65_HS1-834228961_62-HQ-83894_Serial_164
Agency: FBI
Page 29
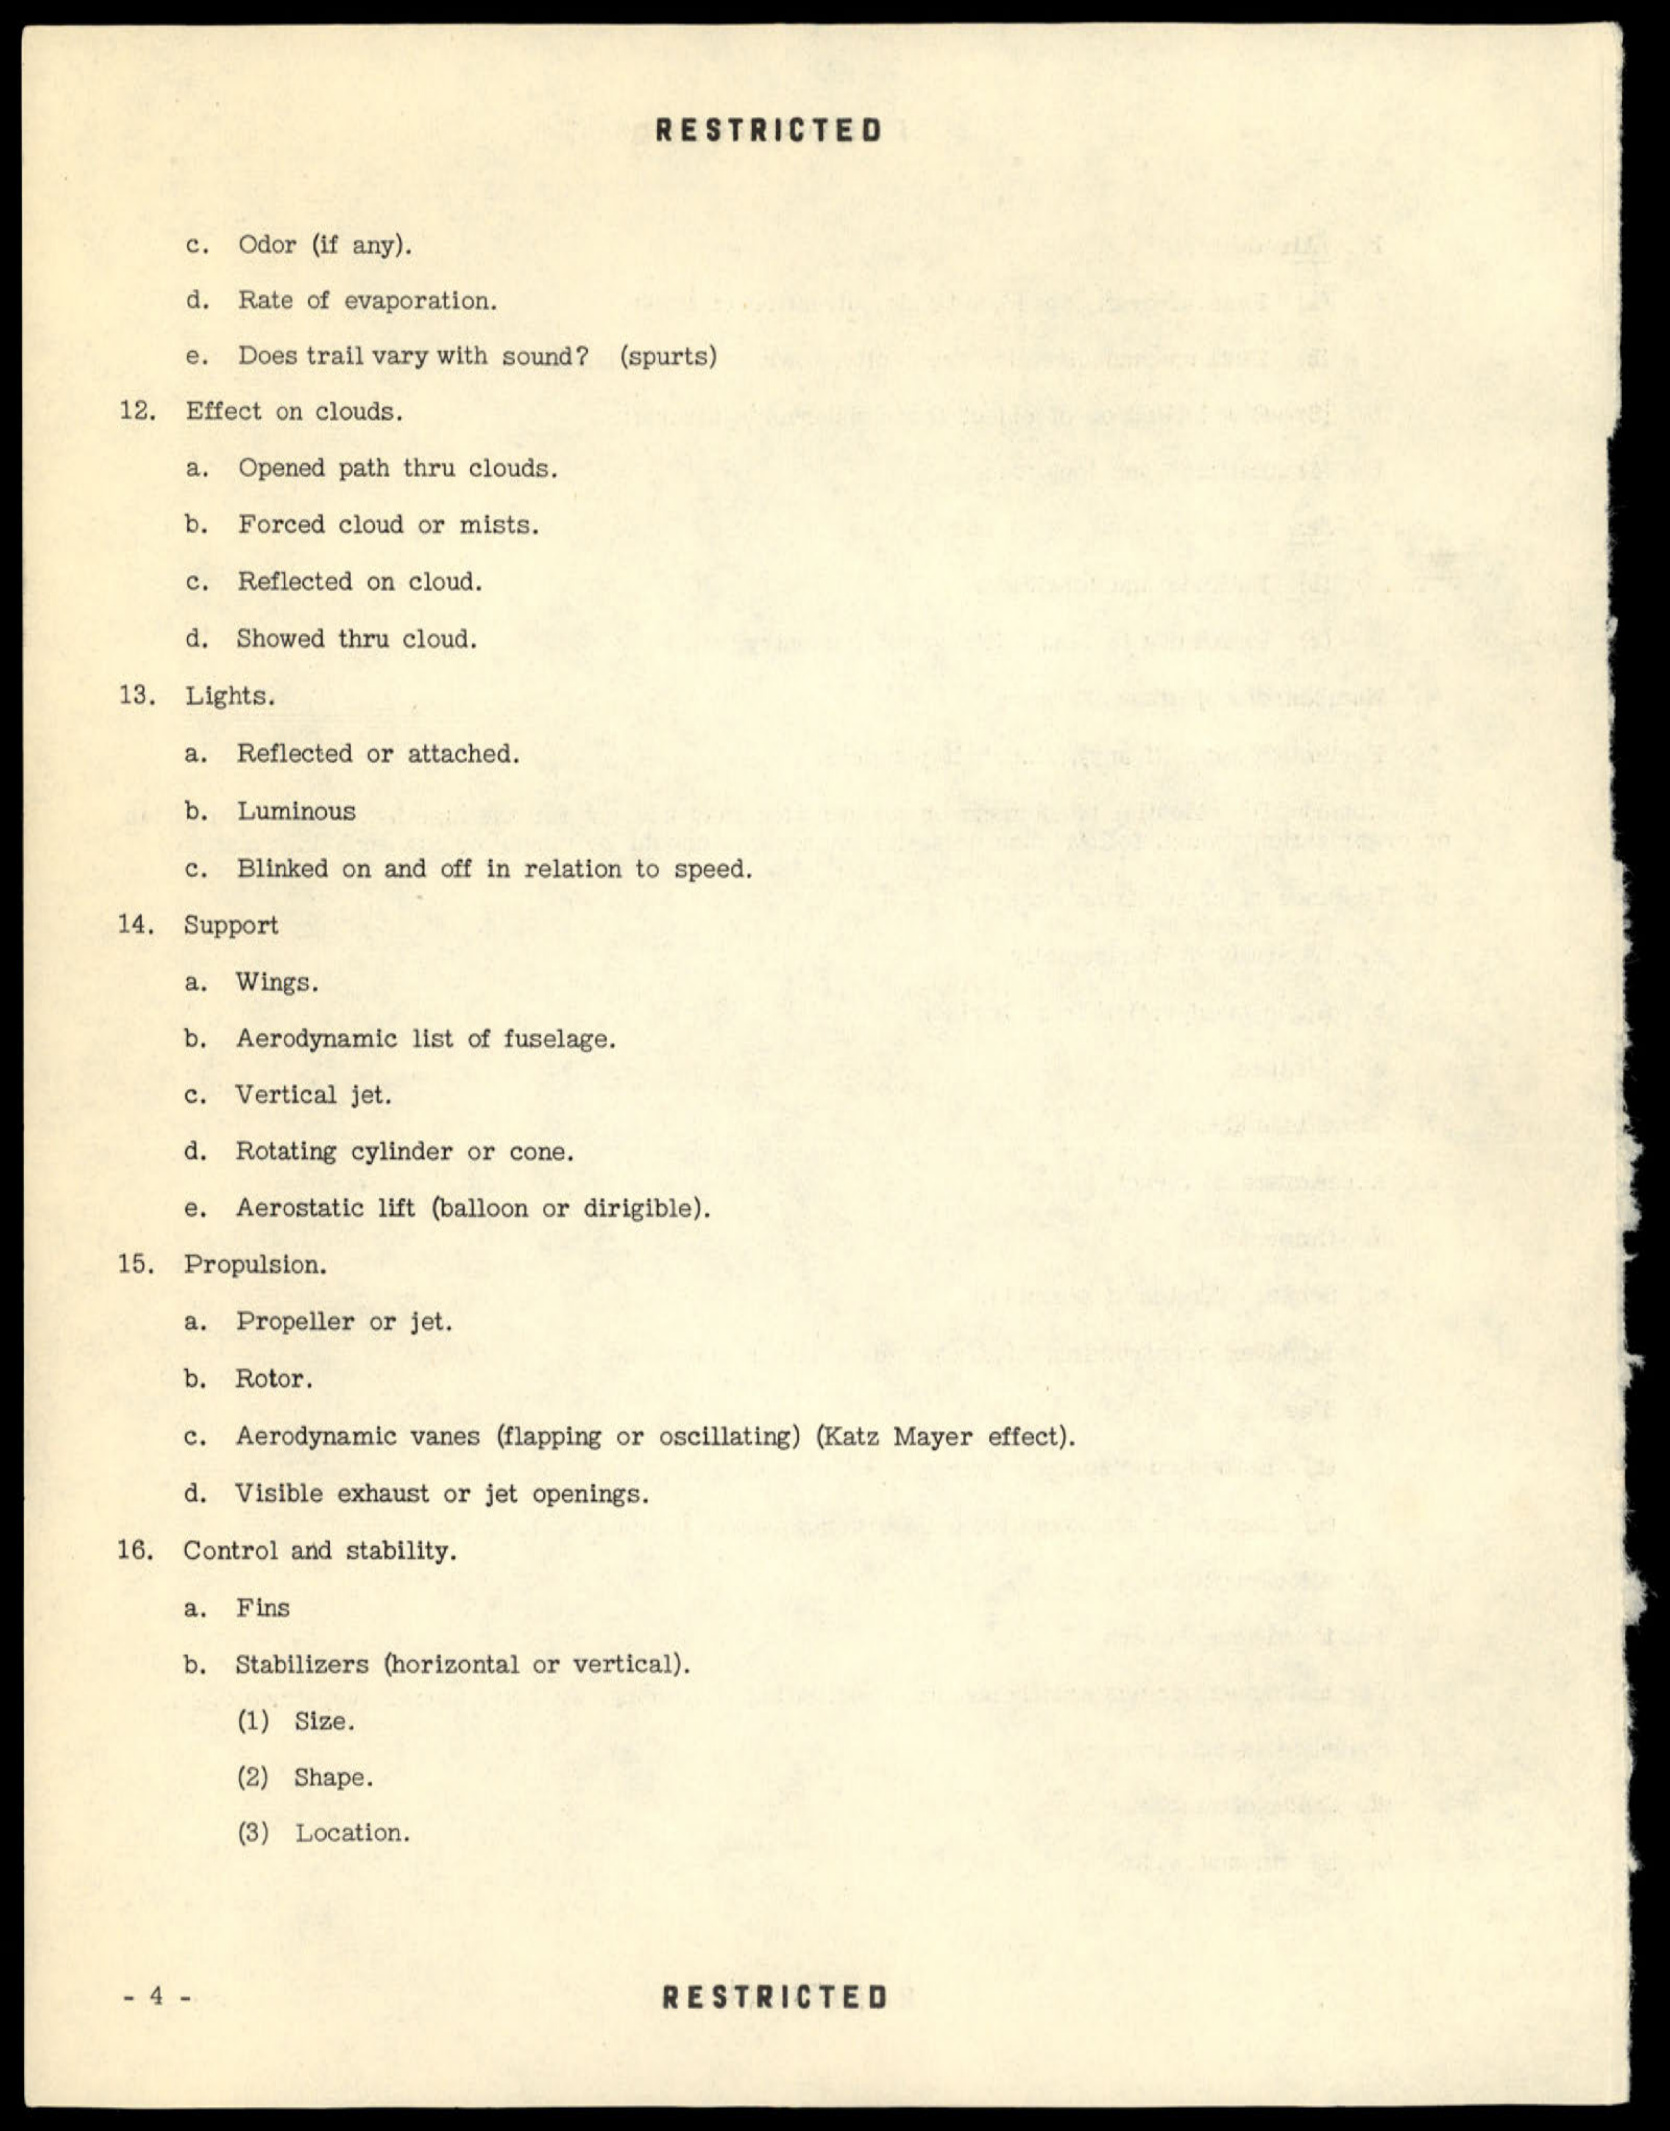